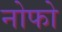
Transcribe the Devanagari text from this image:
नोफो